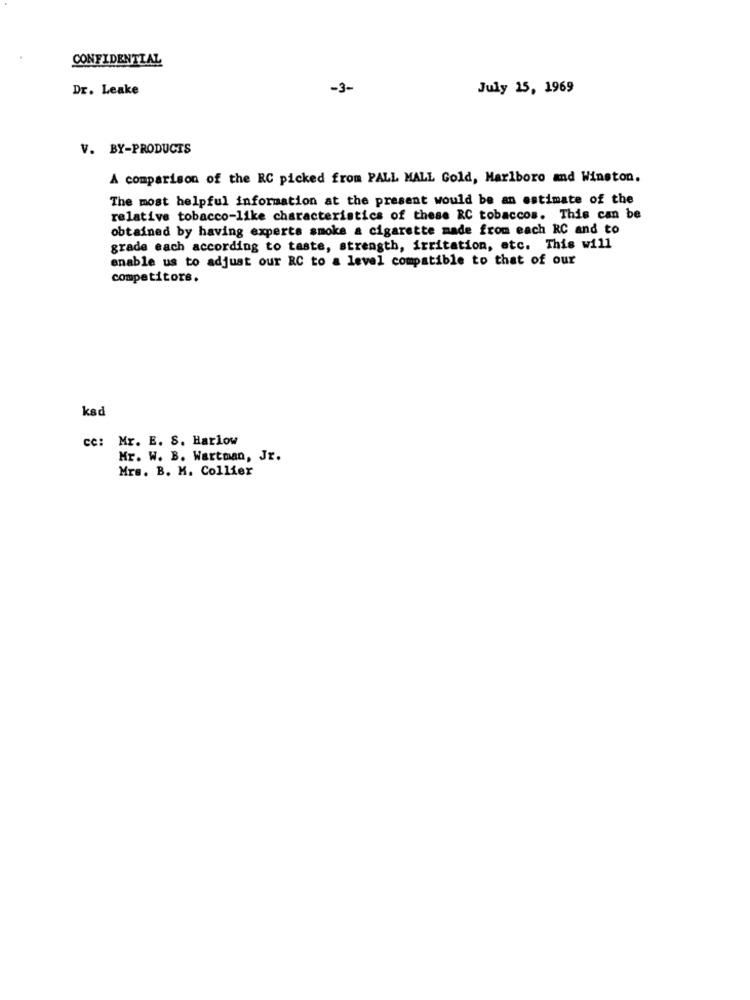
CONFIDENTIAL
Dr. Leake
-3-
July 15, 1969
V. BY-PRODUCTS
A comparison of the RC picked from PALL MALL Gold, Marlboro and Winston.
The most helpful information at the present would be an estimate of the
relative tobacco-like characteristics of these RC tobaccos. This can be
obtained by having experts smoke a cigarette made from each RC and to
grade each according to taste, strength, irritation, etc. This will
enable us to adjust our RC to a level compatible to that of our
competitors.
ksd
cc: Mr. E. S. Harlow
Mr. W. B. Wartman, Jr.
Mrs. B. M. Collier